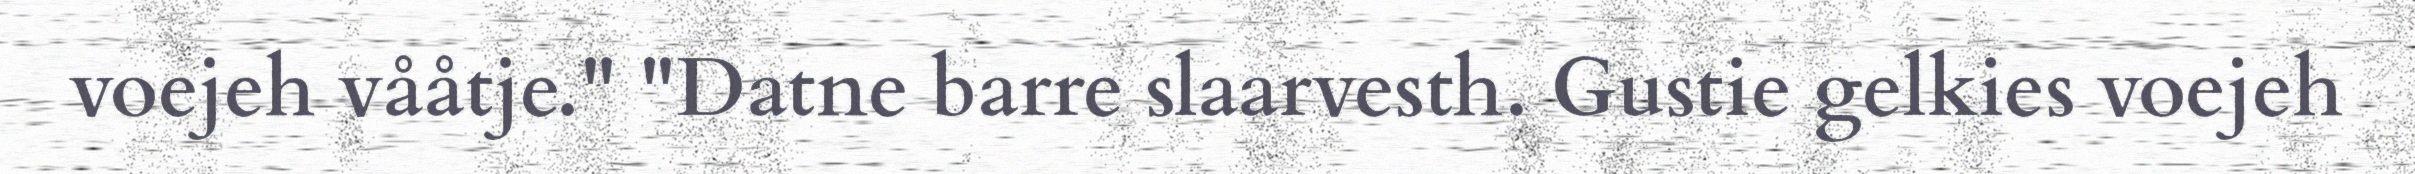
voejeh vååtje." "Datne barre slaarvesth. Gustie gelkies voejeh